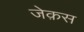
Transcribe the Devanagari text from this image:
जेक़स